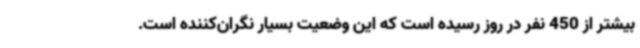
بیشتر از 450 نفر در روز رسیده است که این وضعیت بسیار نگران‌کننده است.